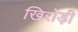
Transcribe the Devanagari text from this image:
खिरोड़ी